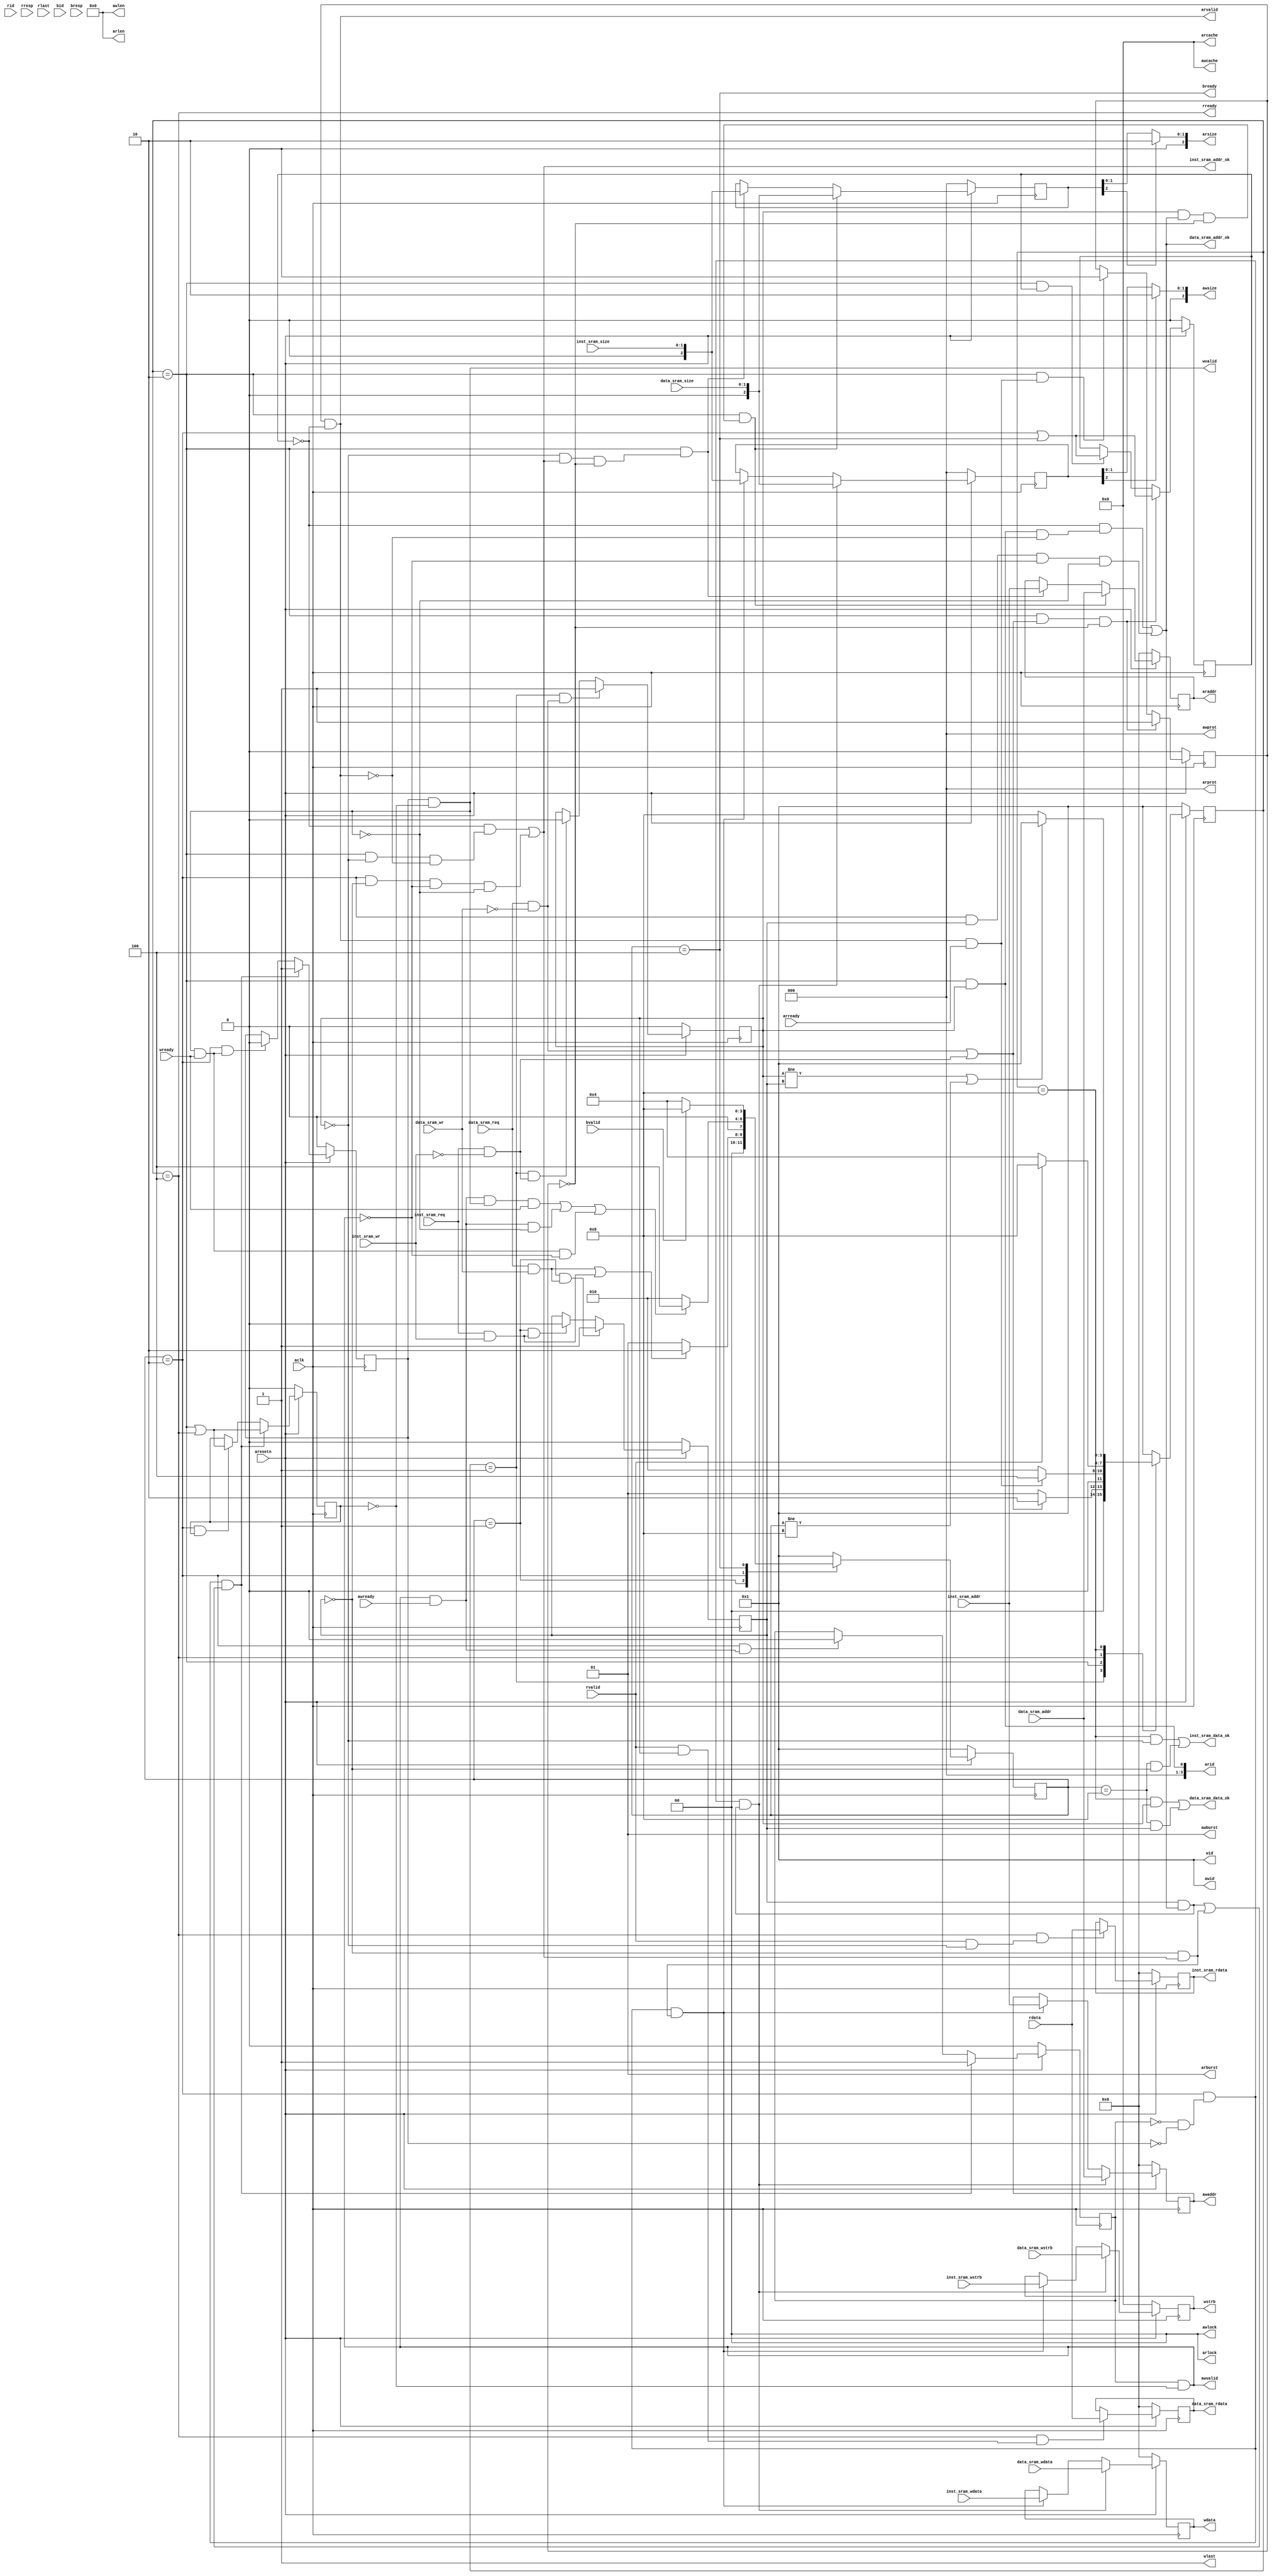
module axi_bridge(
    input            aclk,
    input            aresetn,
    //master: read request
    output  [ 3:0]   arid,
    output  [31:0]   araddr,
    output  [ 7:0]   arlen,
    output  [ 2:0]   arsize,
    output  [ 1:0]   arburst,
    output  [ 1:0]   arlock,
    output  [ 3:0]   arcache,
    output  [ 2:0]   arprot,
    output           arvalid,
    input            arready,
    //master: read response
    input   [ 3:0]   rid,
    input   [31:0]   rdata,
    input   [ 1:0]   rresp,
    input            rlast,
    input            rvalid,
    output           rready,
    //master: write request
    output  [ 3:0]   awid,
    output  [31:0]   awaddr,
    output  [ 7:0]   awlen,
    output  [ 2:0]   awsize,
    output  [ 1:0]   awburst,
    output  [ 1:0]   awlock,
    output  [ 3:0]   awcache,
    output  [ 2:0]   awprot,
    output           awvalid,
    input            awready,
    //master: write data
    output  [ 3:0]   wid,
    output  [31:0]   wdata,
    output  [ 3:0]   wstrb,
    output           wlast,
    output           wvalid,
    input            wready,
    //master write response
    input   [ 3:0]   bid,
    input   [ 1:0]   bresp,
    input            bvalid,
    output           bready,
    //slave: inst sram
    input            inst_sram_req,
    input            inst_sram_wr,
    input   [ 1:0]   inst_sram_size,
    input   [31:0]   inst_sram_addr,
    input   [ 3:0]   inst_sram_wstrb,
    input   [31:0]   inst_sram_wdata,
    output           inst_sram_addr_ok,
    output           inst_sram_data_ok,
    output  [31:0]   inst_sram_rdata,
    //slave: data sram
    input            data_sram_req,
    input            data_sram_wr,
    input   [ 1:0]   data_sram_size,
    input   [31:0]   data_sram_addr,
    input   [31:0]   data_sram_wdata,
    input   [ 3:0]   data_sram_wstrb,
    output           data_sram_addr_ok,
    output           data_sram_data_ok,
    output  [31:0]   data_sram_rdata
);

localparam IDLE = 4'b0001;
localparam REQ = 4'b0010;
localparam RESP = 4'b0100;
localparam END = 4'b1000;


reg  [ 3:0] r_state;
reg  [ 3:0] r_next_state;
reg         r_data_req;   // 0-inst 1-data
reg  [ 2:0] r_size;
reg  [31:0] r_addr;

reg  [ 3:0] w_state; 
reg  [ 3:0] w_next_state;
reg         w_data_req;   // 0-inst 1-data
reg  [ 2:0] w_size;
reg  [31:0] w_addr;
reg  [31:0] w_data;
reg  [ 3:0] w_strb;

reg  [31:0]	data_sram_rdata_r;
reg  [31:0]	inst_sram_rdata_r;

reg         r_wait_w;
reg         w_wait_r;
reg         arvalid_r;
reg         awvalid_r;
reg         wvalid_r;

always @(posedge aclk) begin
    if(!aresetn)begin
       r_state <= IDLE;
       w_state <= IDLE;
    end   
    else begin
       r_state <= r_next_state;
       w_state <= w_next_state;
    end
end

always@(*)begin
    case(r_state)
        IDLE:begin
            if((data_sram_req && !data_sram_wr) || (inst_sram_req && !inst_sram_wr))
                r_next_state = REQ;
            else
                r_next_state = IDLE;
        end 
        REQ:begin
            if(arvalid && arready)
                r_next_state = RESP;
            else
                r_next_state = REQ;
        end
        RESP:begin
            if (rvalid)
                r_next_state = END;
            else
                r_next_state = RESP;
        end
        END:begin
            if((r_data_req != w_data_req ) || (w_state != END))
                r_next_state = IDLE;
            else
                r_next_state = END;
        end
        default:
            r_next_state = IDLE;
    endcase
end


always @(posedge aclk) begin
    if(!aresetn) 
        r_data_req      <= 1'b0;
    else if((r_state == IDLE) && (data_sram_req && !data_sram_wr))
        r_data_req      <=  1'b1;
    else if((r_state == IDLE) && (inst_sram_req && !inst_sram_wr))
        r_data_req      <=  1'b0;   
end

always @(posedge aclk) begin
    if(!aresetn) 
        r_size      <= 3'd0;
    else if((r_state == REQ)&&(r_data_req && data_sram_addr_ok && !arvalid_r))
        r_size      <= data_sram_size;
    else if((r_state == REQ)&&(!r_data_req && inst_sram_addr_ok && !arvalid_r))
        r_size      <= inst_sram_size;
end 

always @(posedge aclk) begin
    if(!aresetn) 
        r_addr      <= 32'd0;
    else if((r_state == REQ)&&(r_data_req && data_sram_addr_ok && !arvalid_r))
        r_addr      <= data_sram_addr;
    else if((r_state == REQ)&&(!r_data_req && inst_sram_addr_ok && !arvalid_r))
        r_addr      <= inst_sram_addr;
end 

always @(posedge aclk) begin
    if(!aresetn) 
        arvalid_r  <= 1'd0;
    else if((r_state == REQ)&&((data_sram_req && !data_sram_wr)||(inst_sram_req && !inst_sram_wr))&& !arvalid_r)
        arvalid_r  <= 1'b1;
    else if((r_state == REQ)&&(arvalid && arready))
        arvalid_r  <= 1'b0;
end 

always @(posedge aclk) begin
    if(!aresetn) 
        r_wait_w    <= 1'd0;
    else if((r_state == REQ)&&((data_sram_req && !data_sram_wr)||(inst_sram_req && !inst_sram_wr))&& !arvalid_r)
        r_wait_w    <= (w_state==REQ||w_state==RESP);
    else if((r_state == REQ)&& r_wait_w)
        r_wait_w    <= (w_state==REQ||w_state==RESP);
end 

always @(posedge aclk) begin
    if(!aresetn) 
        inst_sram_rdata_r   <= 32'd0;
    else if((r_state == RESP)&&(rvalid && !r_data_req))
        inst_sram_rdata_r   <= rdata;
end 

always @(posedge aclk) begin
    if(!aresetn) 
        data_sram_rdata_r   <= 32'd0;
    else if((r_state == RESP)&&(rvalid && r_data_req))
        data_sram_rdata_r   <= rdata;
end 

assign inst_sram_rdata = inst_sram_rdata_r;
assign data_sram_rdata = data_sram_rdata_r;


/* write */
always@(*)begin
    case(w_state)
        IDLE:begin
            if((data_sram_req && data_sram_wr) || (inst_sram_req && inst_sram_wr))
                w_next_state = REQ;
            else
                w_next_state = IDLE;
        end 
        REQ:begin
            if((awvalid && awready && wvalid && wready) || (awvalid && awready && !wvalid) || (wvalid && wready && !awvalid))
                w_next_state = RESP;
            else
                w_next_state = REQ;
        end
        RESP:begin
            if (bvalid)
                w_next_state = END;
            else
                w_next_state = RESP;
        end
        END:begin
            w_next_state = IDLE;
        end
        default:
            w_next_state = IDLE;
    endcase
end


always @(posedge aclk) begin
    if(!aresetn) 
        w_data_req <= 1'b0;
    else if((w_state == IDLE) && (data_sram_req && data_sram_wr))
        w_data_req <= 1'b1;
    else if((w_state == IDLE) && (inst_sram_req && inst_sram_wr))
        w_data_req <= 1'b0;
end

always @(posedge aclk) begin
    if(!aresetn) 
        awvalid_r <= 1'd0;
    else if((w_state == REQ) && (!awvalid_r && !wvalid_r) && ((w_data_req && data_sram_addr_ok) || (!w_data_req && inst_sram_addr_ok)))
        awvalid_r <= 1'd1;
    else if((w_state == REQ) && (awvalid && awready))
        awvalid_r <= 1'd0;
end 

always @(posedge aclk) begin
    if(!aresetn) 
        wvalid_r <= 1'd0;
    else if((w_state == REQ) && (!awvalid_r && !wvalid_r) && ((w_data_req && data_sram_addr_ok) || (!w_data_req && inst_sram_addr_ok)))
        wvalid_r <= 1'd1;
    else if((w_state == REQ) && (wvalid && wready))
        wvalid_r <= 1'd0;
end

always @(posedge aclk) begin
    if(!aresetn) 
        w_size <= 3'd0;
    else if((w_state == REQ)&& (!awvalid_r && !wvalid_r) && (w_data_req && data_sram_addr_ok))
        w_size <= data_sram_size;
    else if((w_state == REQ)&& (!awvalid_r && !wvalid_r) && (!w_data_req && inst_sram_addr_ok))
        w_size <= inst_sram_size;
end 

always @(posedge aclk) begin
    if(!aresetn) 
        w_addr <= 32'd0;
    else if((w_state == REQ)&& (!awvalid_r && !wvalid_r) && (w_data_req && data_sram_addr_ok))
        w_addr <= data_sram_addr;
    else if((w_state == REQ)&& (!awvalid_r && !wvalid_r) && (!w_data_req && inst_sram_addr_ok))
        w_addr <= inst_sram_addr;
end 

always @(posedge aclk) begin
    if(!aresetn) 
        w_strb <= 4'd0;
    else if((w_state == REQ)&& (!awvalid_r && !wvalid_r) && (w_data_req && data_sram_addr_ok))
        w_strb <= data_sram_wstrb;
    else if((w_state == REQ)&& (!awvalid_r && !wvalid_r) && (!w_data_req && inst_sram_addr_ok))
        w_strb <= inst_sram_wstrb;
end 

always @(posedge aclk) begin
    if(!aresetn) 
        w_data <= 32'd0;
    else if((w_state == REQ)&& (!awvalid_r && !wvalid_r) && (w_data_req && data_sram_addr_ok))
        w_data <= data_sram_wdata;
    else if((w_state == REQ)&& (!awvalid_r && !wvalid_r) && (!w_data_req && inst_sram_addr_ok))
        w_data <= inst_sram_wdata;
end 

always @(posedge aclk) begin
    if(!aresetn) 
        w_wait_r <= 1'd0;
    else if((w_state == REQ) && (!awvalid_r && !wvalid_r) && ((w_data_req && data_sram_addr_ok)||(!w_data_req && inst_sram_addr_ok)))
        w_wait_r <= (r_state==REQ || r_state==RESP);
    else if((w_state == REQ) && w_wait_r)
        w_wait_r <= (r_state==REQ || r_state==RESP);
end 

assign inst_sram_addr_ok = (!r_wait_w) && (r_state == REQ && !r_data_req && !arvalid)
                        || (w_state == REQ && !w_data_req && !awvalid && !wvalid);

assign inst_sram_data_ok = (r_state == END && !r_data_req) 
                        || (w_state == END && !w_data_req);

assign data_sram_addr_ok = (!r_wait_w) && (r_state == REQ && r_data_req  && !arvalid)
                        || (w_state == REQ && w_data_req  && !awvalid && !wvalid);

assign data_sram_data_ok = (r_state == END && r_data_req)
                        || (w_state == END && w_data_req);

assign araddr  = r_addr;
assign arsize  = {1'b0, r_size[2] ? 2'b10 : r_size[1:0]};
assign arvalid = arvalid_r && !r_wait_w;
assign rready  = r_state == RESP;

assign awaddr  = w_addr;
assign awsize  = {1'b0, w_size[2] ? 2'b10 : w_size[1:0]};
assign wdata   = w_data;
assign awvalid = awvalid_r && !w_wait_r;
assign wvalid  = wvalid_r  && !w_wait_r;
assign bready  = w_state == RESP;

assign arid    = (r_state == REQ)&&(r_data_req==1'b1) ;
assign rid     = (r_state == REQ)&&(r_data_req==1'b1) ;
assign arlen   = 8'd0 ;
assign arburst = 2'b01;
assign arlock  = 2'd0 ;
assign arcache = 4'd0 ;
assign arprot  = 3'd0 ;

assign awid    = 4'd1 ;
assign awlen   = 8'd0 ;
assign awburst = 2'b01;
assign awlock  = 2'd0 ;
assign awcache = 4'd0 ;
assign awprot  = 3'd0 ;

assign wid     = 4'd1 ;
assign wlast   = 1'b1 ;
assign wstrb   = w_strb;


endmodule